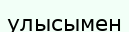
улысымен